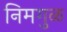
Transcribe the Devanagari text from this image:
निमगुळ